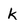
Character: k